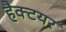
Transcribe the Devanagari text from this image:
हैक्टयर